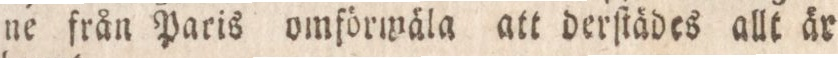
ne från Paris omförmäla att derſtädes allt är